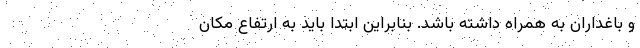
و باغداران به همراه داشته باشد. بنابراین ابتدا باید به ارتفاع مکان